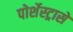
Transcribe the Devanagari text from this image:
पोर्शेस्ट्रासे